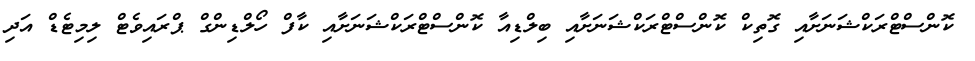
ކޮންސްޓްރަކްޝަނަށާއި ގޮތިކް ކޮންސްޓްރަކްޝަނަށާއި ބިލްޑިއާ ކޮންސްޓްރަކްޝަނަށާއި ކާފް ހޯލްޑިންގް ޕްރައިވެޓް ލިމިޓެޑް އަދި